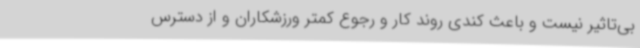
بی‌تاثیر نیست و باعث کندی روند کار و رجوع کمتر ورزشکاران و از دسترس